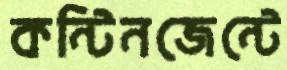
কন্টিনজেন্টে